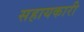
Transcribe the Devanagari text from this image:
सहायकारी